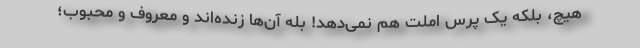
هیچ، بلکه یک پرس املت هم نمی‌دهد! بله آن‌ها زنده‌اند و معروف و محبوب؛